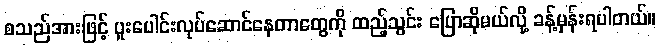
စသည်အားဖြင့် ပူးပေါင်းလုပ်ဆောင်နေတာတွေကို ထည့်သွင်း ပြောဆိုမယ်လို့ ခန့်မှန်းရပါတယ်။